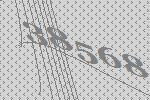
38568